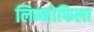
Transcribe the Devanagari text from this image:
लिम्नोफिला